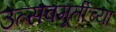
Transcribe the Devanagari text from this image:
उत्सवमूर्तीच्या